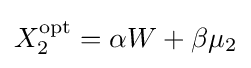
X_{2}^{\mathrm {opt} }=\alpha W+\beta \mu _{2}